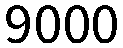
9000